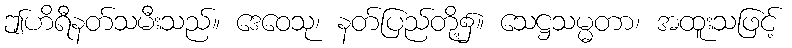
ဤဟိရီနတ်သမီးသည်။ ဒေဝေသု၊ နတ်ပြည်တို့၌။ သေဋ္ဌသမ္မတာ၊ အထူးသဖြင့်